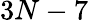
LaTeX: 3N-7